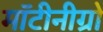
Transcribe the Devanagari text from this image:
मॉटीनीग्रो